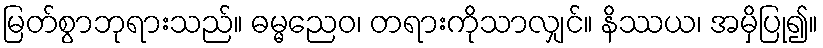
မြတ်စွာဘုရားသည်။ ဓမ္မညေဝ၊ တရားကိုသာလျှင်။ နိဿယ၊ အမှိပြု၍။